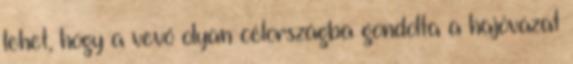
lehet, hogy a vevő olyan célországba gondolta a hajóvázat